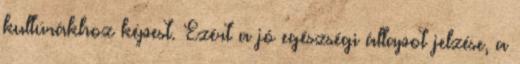
kultúrákhoz képest. Ezért a jó egészségi állapot jelzése, a